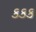
કકક